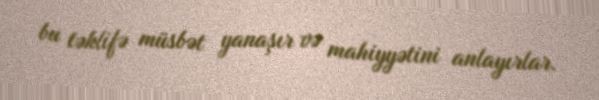
bu təklifə müsbət yanaşır və mahiyyətini anlayırlar.